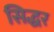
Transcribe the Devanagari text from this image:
सिद्धर